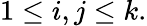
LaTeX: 1\leq i,j\leq k.